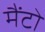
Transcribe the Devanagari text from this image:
मैंटो